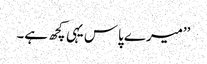
’’میرے پاس یہی کچھ ہے۔